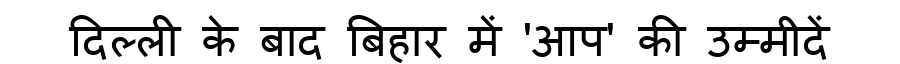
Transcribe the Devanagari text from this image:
दिल्ली के बाद बिहार में 'आप' की उम्मीदें